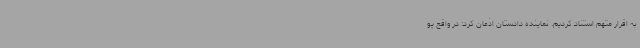
به اقرار متهم استناد کردیم. نماینده دادستان اذعان کرد: در واقع پو